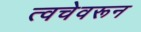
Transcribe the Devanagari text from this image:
त्वचेवरून